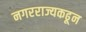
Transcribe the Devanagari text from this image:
नगरराज्यकढून